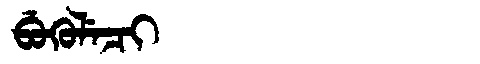
Manchu: ᠪᡠᡴᡠᠯᡝᠴᡳ
Romanization: BUKULECI